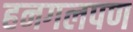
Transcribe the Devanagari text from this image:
हनगलपण